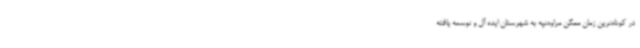
در کوتاه‌ترین زمان ممکن مراوه‌تپه به شهرستان ایده آل و توسعه یافته